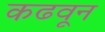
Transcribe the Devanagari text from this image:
कढवून